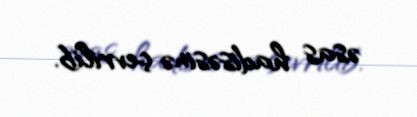
əsas hadisəsinə çevrilib.